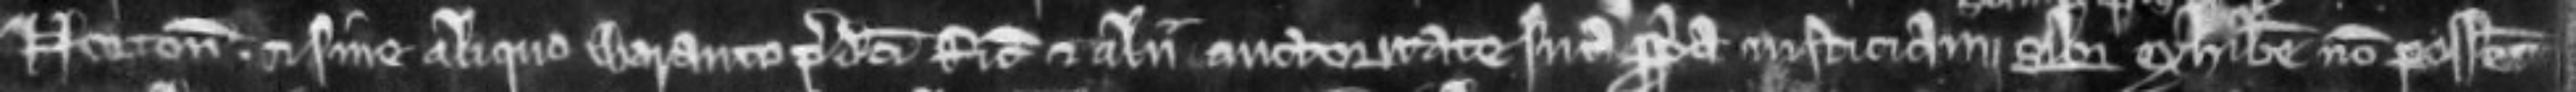
Norton et sine aliquo waranto predictorum Ricardi et aliorum autoritate sua propria justiciam sibimetipsis exhibere non posset